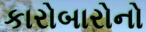
કારોબારોનો